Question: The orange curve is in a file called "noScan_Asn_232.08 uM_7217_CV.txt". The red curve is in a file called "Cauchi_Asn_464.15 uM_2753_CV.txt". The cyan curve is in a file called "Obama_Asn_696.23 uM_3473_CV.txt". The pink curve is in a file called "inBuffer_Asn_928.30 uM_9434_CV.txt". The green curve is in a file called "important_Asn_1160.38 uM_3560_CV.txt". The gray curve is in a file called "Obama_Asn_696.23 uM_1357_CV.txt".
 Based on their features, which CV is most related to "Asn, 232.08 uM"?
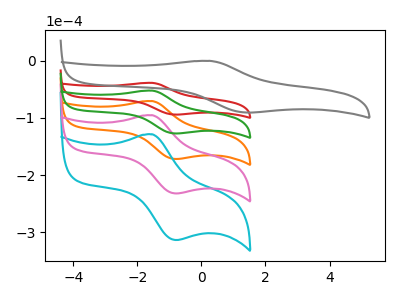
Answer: <think>The orange curve "Asn, 232.08 uM" has an anodic peak at (-1.55V, -104.35uA) and a cathodic peak at (-0.75V, -254.35uA). The red curve "Asn, 464.15 uM" has an anodic peak at (-1.55V, -38.60uA) and a cathodic peak at (-0.75V, -94.15uA). The cyan curve "Asn, 696.23 uM" has an anodic peak at (-1.55V, -208.70uA) and a cathodic peak at (-0.75V, -508.70uA). The pink curve "Asn, 928.30 uM" has an anodic peak at (-1.55V, -156.55uA) and a cathodic peak at (-0.75V, -381.50uA). The green curve "Asn, 1160.38 uM" has an anodic peak at (-1.55V, -52.20uA) and a cathodic peak at (-0.75V, -127.15uA). The gray curve "Asn, 696.23 uM" has an anodic peak at (0.25V, -0.15uA) and a cathodic peak at (1.50V, -90.55uA).
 All the peaks in "Asn, 232.08 uM" have a peak in "Asn, 464.15 uM" at the same potential. All the peaks in "Asn, 232.08 uM" have a peak in "Asn, 696.23 uM" at the same potential. All the peaks in "Asn, 232.08 uM" have a peak in "Asn, 928.30 uM" at the same potential. All the peaks in "Asn, 232.08 uM" have a peak in "Asn, 1160.38 uM" at the same potential. "Asn, 232.08 uM" and "Asn, 696.23 uM" have at least one peak that do not match. All the peaks in "Asn, 464.15 uM" have a peak in "Asn, 696.23 uM" at the same potential. All the peaks in "Asn, 464.15 uM" have a peak in "Asn, 928.30 uM" at the same potential. All the peaks in "Asn, 464.15 uM" have a peak in "Asn, 1160.38 uM" at the same potential. "Asn, 464.15 uM" and "Asn, 696.23 uM" have at least one peak that do not match. All the peaks in "Asn, 696.23 uM" have a peak in "Asn, 928.30 uM" at the same potential. All the peaks in "Asn, 696.23 uM" have a peak in "Asn, 1160.38 uM" at the same potential. "Asn, 696.23 uM" and "Asn, 696.23 uM" have at least one peak that do not match. All the peaks in "Asn, 928.30 uM" have a peak in "Asn, 1160.38 uM" at the same potential. "Asn, 928.30 uM" and "Asn, 696.23 uM" have at least one peak that do not match. "Asn, 1160.38 uM" and "Asn, 696.23 uM" have at least one peak that do not match.</think>
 <answer>"Asn, 232.08 uM", "Asn, 696.23 uM", "Asn, 928.30 uM" and "Asn, 1160.38 uM" have a similar shape to "Asn, 464.15 uM".</answer>
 <eval>"Asn, 232.08 uM" "Asn, 696.23 uM" "Asn, 928.30 uM" "Asn, 1160.38 uM"</eval>